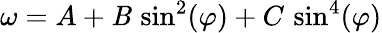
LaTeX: \omega=A+\mathit{B}\, \sin^{2}(\varphi)+C\, \sin^{4}(\varphi)